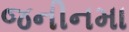
જનીનમા